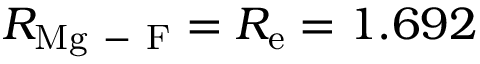
R _ { \mathrm { M g \mathrm { ~ - ~ } F } } = R _ { \mathrm { e } } = 1 . 6 9 2